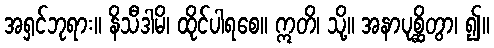
အရှင်ဘုရား။ နိသီဒါမိ၊ ထိုင်ပါရစေ။ ဣတိ၊ သို့။ အနာပုစ္ဆိတွာ၊ ၍။